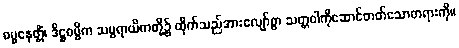
ဓမ္မနေတ္တိံ၊ ဒိဋ္ဌဓမ္မိက သမ္ပရာယိကတို့၌ ထိုက်သည်အားလျော်စွာ သတ္တဝါကိုဆောင်တတ်သောတရားကို။